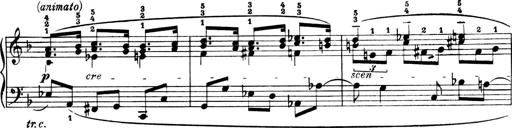
Title: 4 Sonatines
Composer: Max Reger